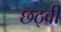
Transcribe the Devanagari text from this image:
छठ्वी